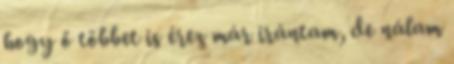
hogy ő többet is érez már irántam, de nálam